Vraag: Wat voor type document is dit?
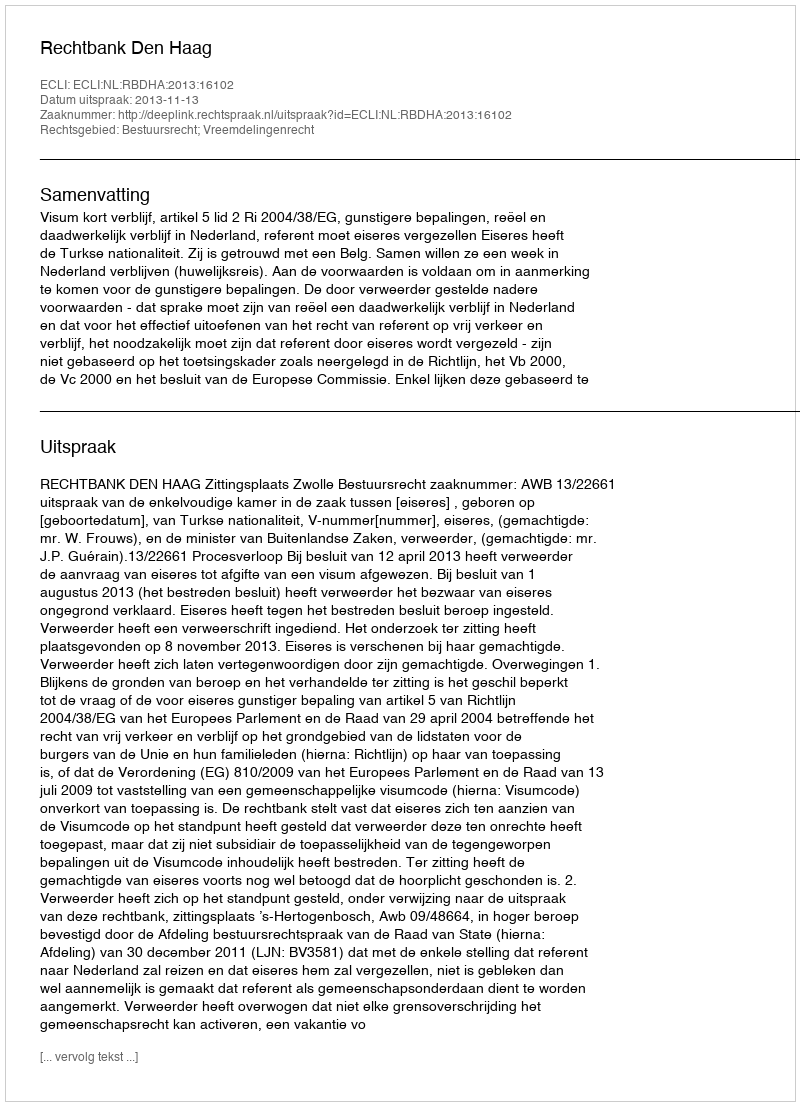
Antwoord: Uitspraak